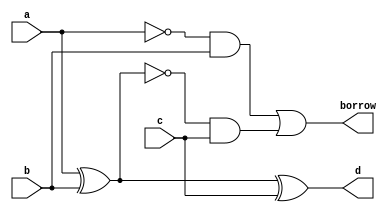
`timescale 1ns / 1ps
//////////////////////////////////////////////////////////////////////////////////
// Company: 
// Engineer: 
// 
// Design Name: 
// Module Name: full_sub_gatelevel
// Project Name: 
// Target Devices: 
// Tool Versions: 
// Description: 
// 
// Dependencies: 
// 
// Revision:
// Revision 0.01 - File Created
// Additional Comments:
// 
//////////////////////////////////////////////////////////////////////////////////

// d=a^b^c; borrow=(!a&b)+!(a^b)&c);
module full_sub_gatelevel(input a,b,c , output d, borrow );
wire m,k,l,abar,mbar;
xor a1(m,a,b); //wire =m
xor a2(d,m,c);
not a3(abar,a);
and u1(k,abar,b); //wire=k
not a7(mbar,m);    //
and u2(l,mbar,c); //wire=l
or a6(borrow,k,l);
endmodule